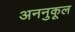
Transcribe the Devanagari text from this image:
अननुकूल